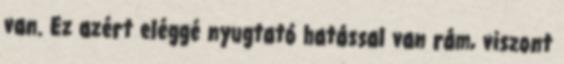
van. Ez azért eléggé nyugtató hatással van rám, viszont